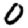
Digit: 0